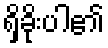
ရှိခိုးပါ၏